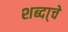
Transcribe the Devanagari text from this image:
शब्दा्चे